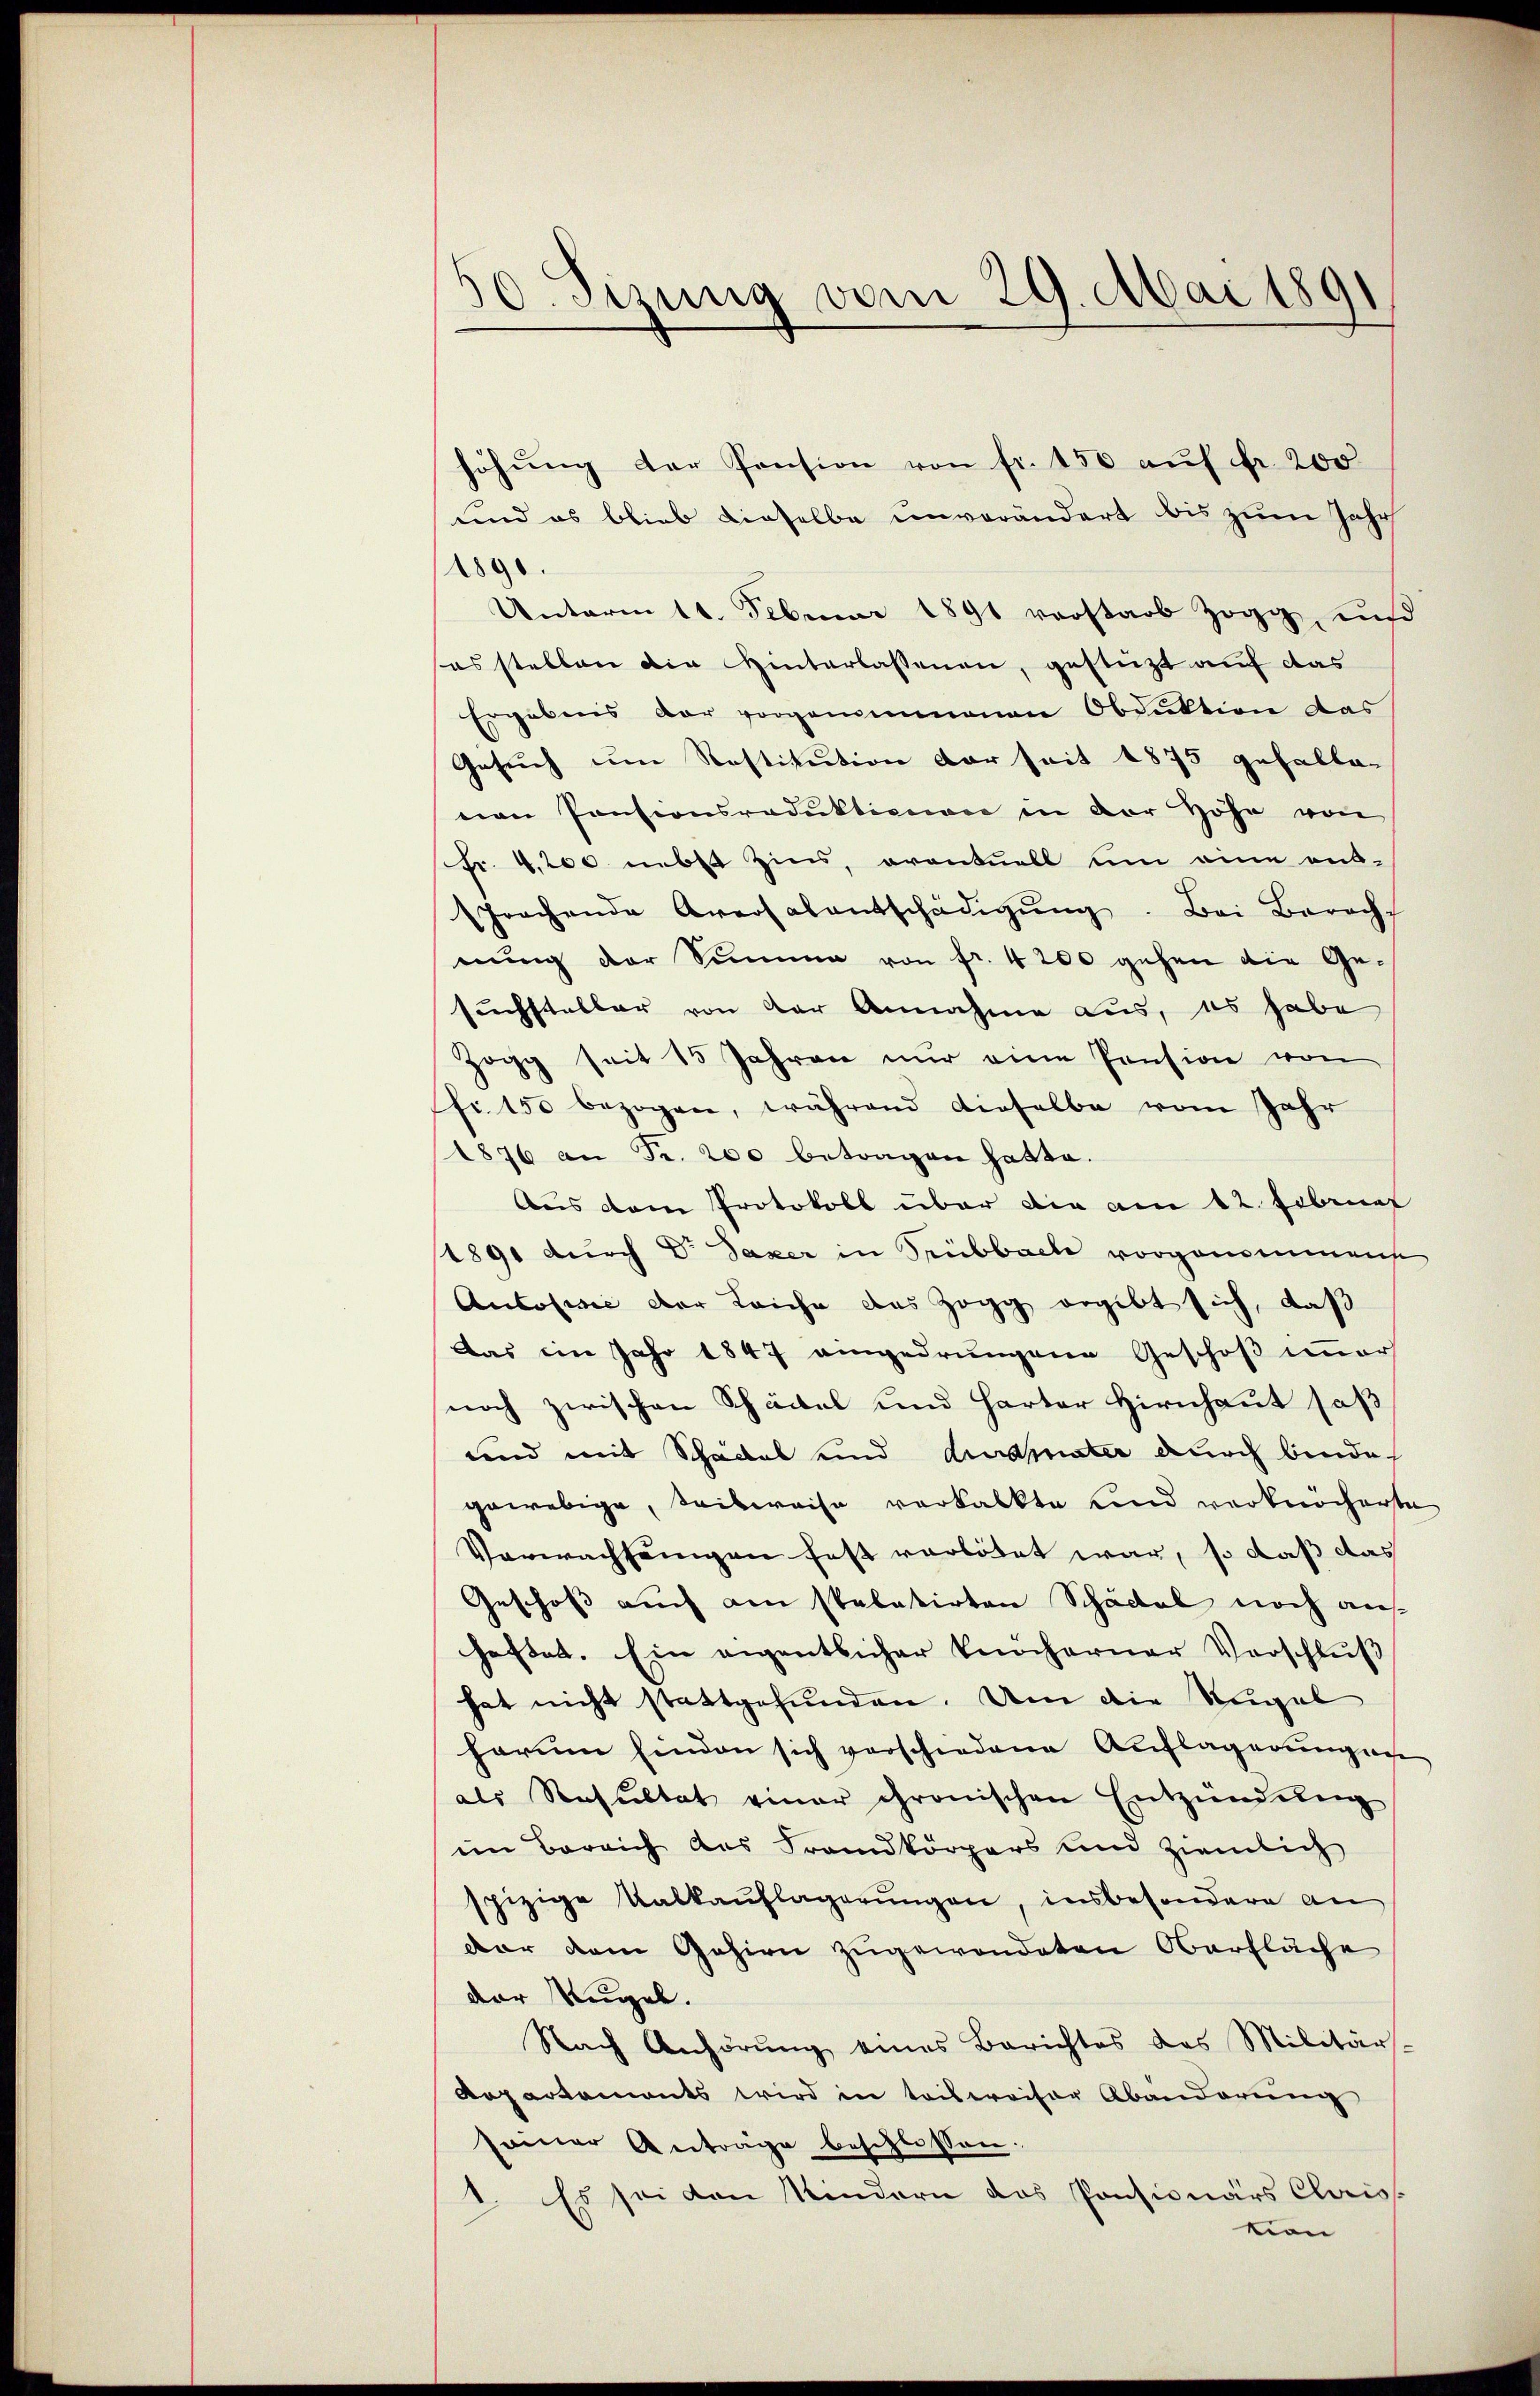
30. Sizung vom 29. Mai 1891

höhŭng der Pension von fr. 150 aŭf fr. 200
und es blieb dieselbe unverändert bis zum Jahr
1890.
Unterm 11. Februar 1891 vorstarb Zogg, und
sas stellen die Hinterlassenen, gestützt auf das
Ergebnis der vorgenommenen Obduktion das
Gesuch um Restitution der seit 1875 gehalte-
nen Pensionsraduktionen in der Höhe von
Fr. 4,200 nebst Zins, orentuell um eine ent-
prochende Aversalentschädigŭng. Bei Barach
nŭng der Summe von fr. 4200 gehen die Ge-
suchstelbar von der Annahme aus, es habe
Zogg seit 15 Jahren nur eine Pension von
fr. 150 bezogen, während dieselbe vom Jahr
1876 an Fr. 200 betragen hatte.
Aus dem Protokoll über die am 12. Febrief
1891 durch Dr Saxer in Stubbach vorgenommen
Autorisie der Leiche des Zogg ergibt sich, daß
Das im Jahr 1847 eingedrungene Geschoß immer
noch zwischen Schädel und Harter Hirnhaut saß
und mit Schädel und durchneter durch binde
gewebige, teilweise vorkackte und verknöcherte
Verwachsungen fest verbötet war, so daß das
Geschoß auch am statatirten Schädel noch aushaftet. Ein eigentlicher Knocharner Vorschluß
hat nicht stattgefunden. Um die Regel
harum hinden sich verschiedene Auflagerŭngen
als Resultat einer chronischen Entzündŭng
im Bereich des Frandkörpers und ziemlich
spizige Kabkauflagerungen, insbesondere an
dar dem Gehirn zugewendeten Oberfläche
der Regel.
Nach Anhörŭng eines Berichtes des Militär-
Repartements wird in teilweiser Abänderung
seiner Antrage beschlossen.
1. Es sei den Kindern das Pensionärs Chris
tion